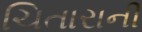
ચિતારાની